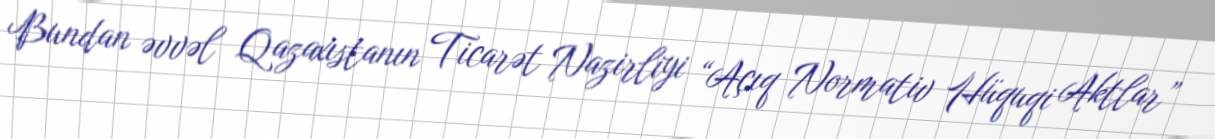
Bundan əvvəl Qazaxıstanın Ticarət Nazirliyi “Açıq Normativ Hüquqi Aktlar”